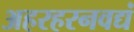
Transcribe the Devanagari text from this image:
अहरहरनवद्यं